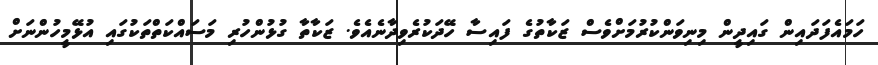
ހަމައެފަދައިން ގައިދީން މިނިވަންކުރުމަށްވެސް ޒަކާތުގެ ފައިސާ ހޭދަކުރެވިދާނެއެވެ. ޒަކާތާ ގުޅުންހުރި މަސައްކަތްތަކުގައި އުޅޭމީހުންނަށް